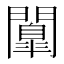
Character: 𮤤